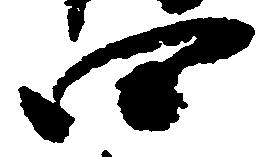
四